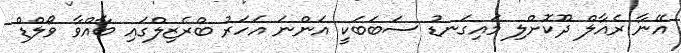
އޭނާ ރެއާލް ދޫކޮށްލި މައިގަނޑު ސަބަބަކީ އަންނަ އަހަރު ބްރެޒިލްގައި ބާއްވާ ވޯލްޑް